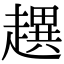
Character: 趩